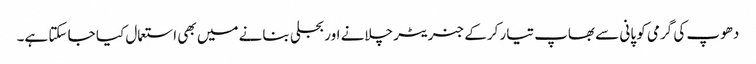
دھوپ کی گرمی کو پانی سے بھاپ تیار کرکے جنریٹر چلانے اور بجلی بنانے میں بھی استعمال کیا جا سکتا ہے۔